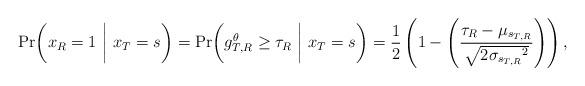
LaTeX: \begin{align*}{\Pr}\bigg({{ x}_R} = 1 ~\bigg|~ {x_T} = {s}\bigg)= {\Pr}\bigg(g_{T,R}^\theta \ge {\tau _R} ~\bigg|~ {x_T} = {s}\bigg)= \frac{1}{2}\left(1 - \left(\frac{{{\tau _R} - {{\mu }_{{{s}_{T,R}}}}}}{{\sqrt {2{{\sigma }_{{{s}_{T,R}}}}^2} }}\right)\right),\end{align*}